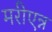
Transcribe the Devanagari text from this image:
मरीएन्न